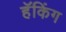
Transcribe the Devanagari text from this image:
हॅकिंग